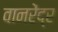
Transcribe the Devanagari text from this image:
वानरेंद्र